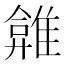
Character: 𩀂